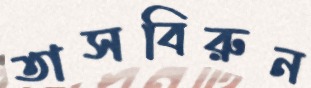
তাসবিরুন